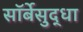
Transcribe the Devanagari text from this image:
सॉर्बेसुद्धा